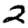
Digit: 2